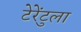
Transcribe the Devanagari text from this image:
टेरेंटुला